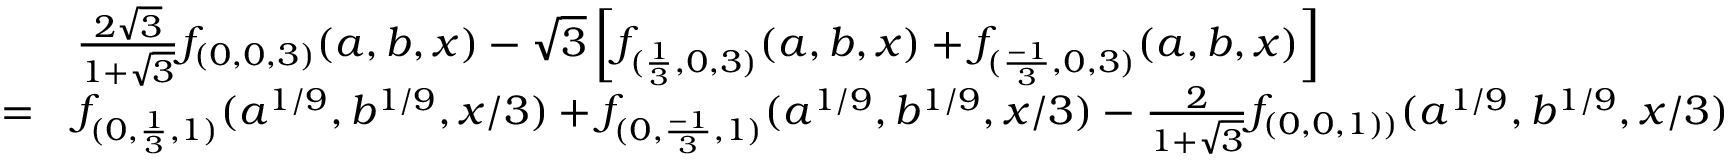
\begin{array} { r l } & { \frac { 2 \sqrt { 3 } } { 1 + \sqrt { 3 } } f _ { ( 0 , 0 , 3 ) } ( a , b , x ) - \sqrt { 3 } \left[ f _ { ( \frac { 1 } { 3 } , 0 , 3 ) } ( a , b , x ) + f _ { ( \frac { - 1 } { 3 } , 0 , 3 ) } ( a , b , x ) \right] } \\ { = } & { f _ { ( 0 , \frac { 1 } { 3 } , 1 ) } ( a ^ { 1 / 9 } , b ^ { 1 / 9 } , x / 3 ) + f _ { ( 0 , \frac { - 1 } { 3 } , 1 ) } ( a ^ { 1 / 9 } , b ^ { 1 / 9 } , x / 3 ) - \frac { 2 } { 1 + \sqrt { 3 } } f _ { ( 0 , 0 , 1 ) ) } ( a ^ { 1 / 9 } , b ^ { 1 / 9 } , x / 3 ) } \end{array}